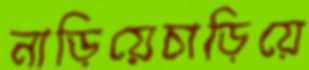
নাড়িয়েচাড়িয়ে